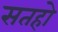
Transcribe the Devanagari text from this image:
सतहो